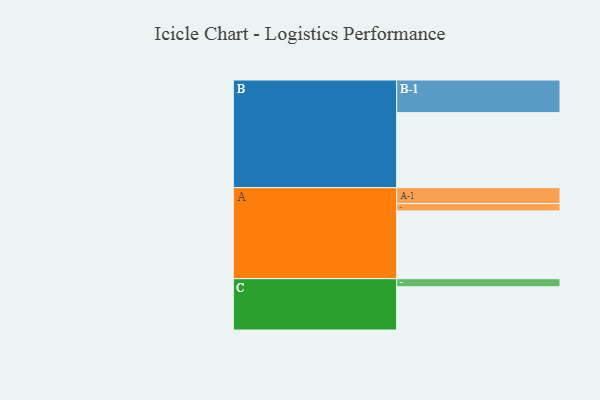
{"axis": {"x": "Segment", "y": "Value"}, "legend": ["", "A", "B", "C"], "data": [{"x": "A", "y": 498, "type": ""}, {"x": "B", "y": 551, "type": ""}, {"x": "C", "y": 318, "type": ""}, {"x": "A-1", "y": 117, "type": "A"}, {"x": "A-2", "y": 54, "type": "A"}, {"x": "B-1", "y": 240, "type": "B"}, {"x": "C-1", "y": 59, "type": "C"}]}